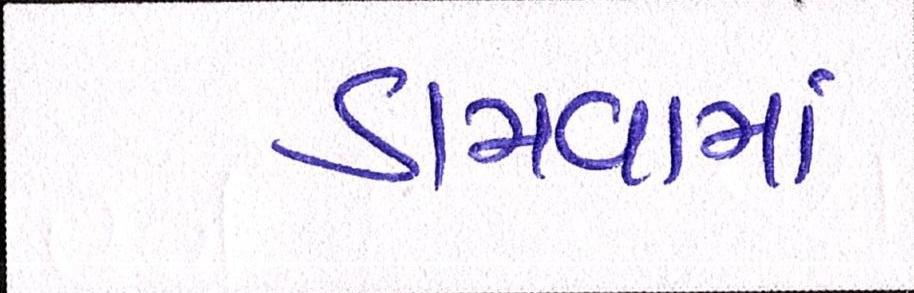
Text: ડામવામાં